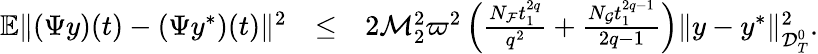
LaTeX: \begin{array}{rlr}{\mathbb{E}\| ({\Psi}y)(t)-(\Psi y^{*})(t)\| ^{2}}&{\leq}&{2{\cal M}_{2}^{2}\varpi^{2}\left(\frac{N_{\cal F}t_{1}^{2q}}{q^{2}}+\frac{N_{\cal G}t_{1}^{2q-1}}{2q-1}\right)\| y-y^{*}\| _{{\cal D}_{T}^{0}}^{2}.}\end{array}